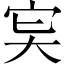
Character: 𡧠